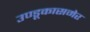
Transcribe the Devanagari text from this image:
उण्डूकासमेर